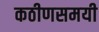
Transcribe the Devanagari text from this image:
कठीणसमयी